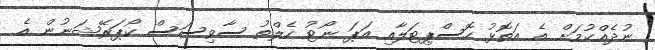
ނުދެއްކުމަށް އެ އަތޮޅު ހޮސްޕިޓަލާއި އަޕަ ނޯޓު ހެލްތު ސާވިސަސް ކޯޕަރޭޝަނުން އެ